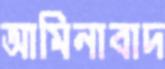
আমিনাবাদ